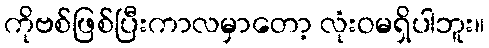
ကိုဗစ်ဖြစ်ပြီးကာလမှာတော့ လုံးဝမရှိပါဘူး။